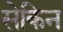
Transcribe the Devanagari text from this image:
सेकिन